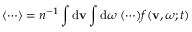
\langle \cdots \rangle = n ^ { - 1 } \int \mathrm { d } \mathbf { v } \int \mathrm { d } \boldsymbol { \omega } \medspace ( \cdots ) f ( \mathbf { v } , \boldsymbol { \omega } ; t )